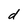
Character: d